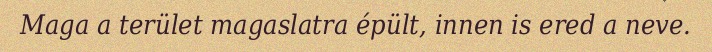
Maga a terület magaslatra épült, innen is ered a neve.